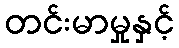
တင်းမာမှုနှင့်